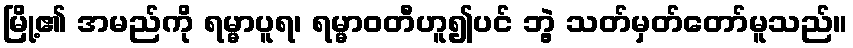
မြို့၏ အမည်ကို ရမ္မာပူရ၊ ရမ္မာဝတီဟူ၍ပင် ဘွဲ့ သတ်မှတ်တော်မူသည်။